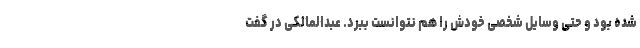
شده بود و حتی وسایل شخصی خودش را هم نتوانست ببرد. عبدالمالکی در گفت